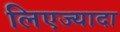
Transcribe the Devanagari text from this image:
लिएज्यादा